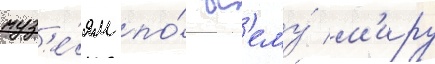
муз'е́ям по́ вс'ему́ м'иру